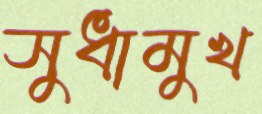
সুধামুখ